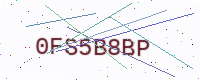
Text: 0FS5B8BP